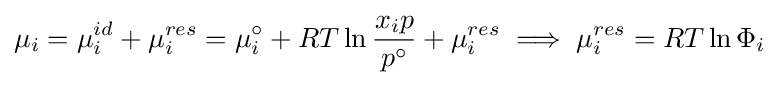
\mu _{i}=\mu _{i}^{id}+\mu _{i}^{res}=\mu _{i}^{\circ }+RT\ln {\frac {x_{i}p}{p^{\circ }}}+\mu _{i}^{res}\implies \mu _{i}^{res}=RT\ln \Phi _{i}